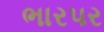
ભારપર